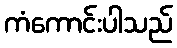
ကံကောင်းပါသည်